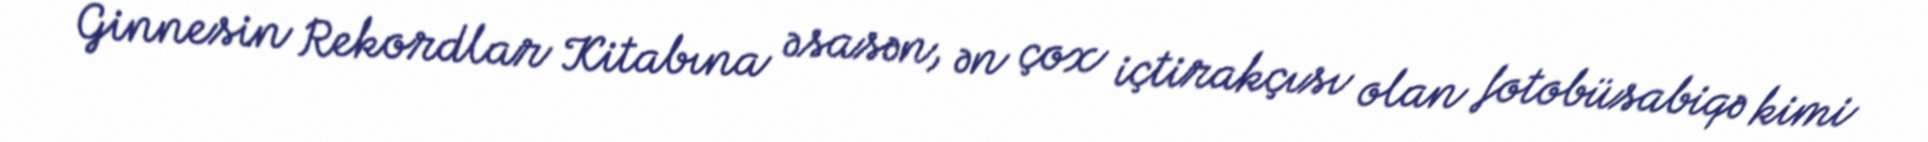
Ginnesin Rekordlar Kitabına əsasən, ən çox içtirakçısı olan fotobüsabiqə kimi